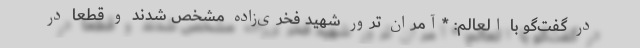
در گفت‌گو با العالم: *آمران ترور شهید فخری‌زاده مشخص شدند و قطعا در